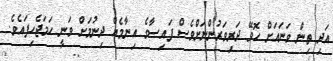
އަދި ތިން ވަނައަށް ހޮވޭ ދަރިވަރުންނަށްވެސް ފައިސާގެ އިނާމެއް ދިނުމަށް ވަނީ ހަމަޖެހިފައެވެ.